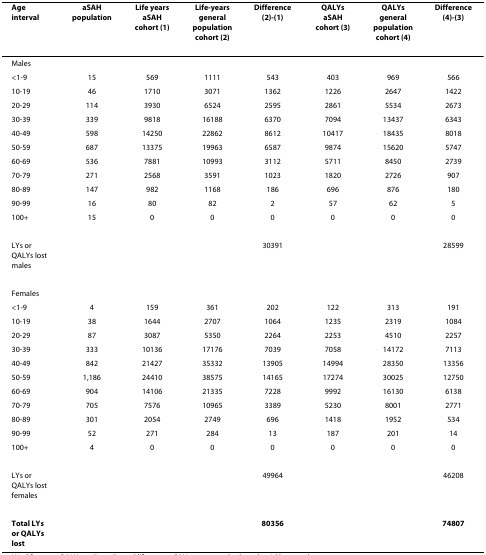
<table><thead><tr><td><b>Age interval</b></td><td><b>aSAH population</b></td><td><b>Life years aSAH cohort (1)</b></td><td><b>Life-years general population cohort (2)</b></td><td><b>Difference (2)-(1)</b></td><td><b>QALYs aSAH cohort (3)</b></td><td><b>QALYs general population cohort (4)</b></td><td><b>Difference (4)-(3)</b></td></tr></thead><tbody><tr><td>Males</td><td></td><td></td><td></td><td></td><td></td><td></td><td></td></tr><tr><td>&lt;1-9</td><td>15</td><td>569</td><td>1111</td><td>543</td><td>403</td><td>969</td><td>566</td></tr><tr><td>10-19</td><td>46</td><td>1710</td><td>3071</td><td>1362</td><td>1226</td><td>2647</td><td>1422</td></tr><tr><td>20-29</td><td>114</td><td>3930</td><td>6524</td><td>2595</td><td>2861</td><td>5534</td><td>2673</td></tr><tr><td>30-39</td><td>339</td><td>9818</td><td>16188</td><td>6370</td><td>7094</td><td>13437</td><td>6343</td></tr><tr><td>40-49</td><td>598</td><td>14250</td><td>22862</td><td>8612</td><td>10417</td><td>18435</td><td>8018</td></tr><tr><td>50-59</td><td>687</td><td>13375</td><td>19963</td><td>6587</td><td>9874</td><td>15620</td><td>5747</td></tr><tr><td>60-69</td><td>536</td><td>7881</td><td>10993</td><td>3112</td><td>5711</td><td>8450</td><td>2739</td></tr><tr><td>70-79</td><td>271</td><td>2568</td><td>3591</td><td>1023</td><td>1820</td><td>2726</td><td>907</td></tr><tr><td>80-89</td><td>147</td><td>982</td><td>1168</td><td>186</td><td>696</td><td>876</td><td>180</td></tr><tr><td>90-99</td><td>16</td><td>80</td><td>82</td><td>2</td><td>57</td><td>62</td><td>5</td></tr><tr><td>100+</td><td>15</td><td>0</td><td>0</td><td>0</td><td>0</td><td>0</td><td>0</td></tr><tr><td>LYs or QALYs lost males</td><td></td><td></td><td></td><td>30391</td><td></td><td></td><td>28599</td></tr><tr><td>Females</td><td></td><td></td><td></td><td></td><td></td><td></td><td></td></tr><tr><td>&lt;1-9</td><td>4</td><td>159</td><td>361</td><td>202</td><td>122</td><td>313</td><td>191</td></tr><tr><td>10-19</td><td>38</td><td>1644</td><td>2707</td><td>1064</td><td>1235</td><td>2319</td><td>1084</td></tr><tr><td>20-29</td><td>87</td><td>3087</td><td>5350</td><td>2264</td><td>2253</td><td>4510</td><td>2257</td></tr><tr><td>30-39</td><td>333</td><td>10136</td><td>17176</td><td>7039</td><td>7058</td><td>14172</td><td>7113</td></tr><tr><td>40-49</td><td>842</td><td>21427</td><td>35332</td><td>13905</td><td>14994</td><td>28350</td><td>13356</td></tr><tr><td>50-59</td><td>1,186</td><td>24410</td><td>38575</td><td>14165</td><td>17274</td><td>30025</td><td>12750</td></tr><tr><td>60-69</td><td>904</td><td>14106</td><td>21335</td><td>7228</td><td>9992</td><td>16130</td><td>6138</td></tr><tr><td>70-79</td><td>705</td><td>7576</td><td>10965</td><td>3389</td><td>5230</td><td>8001</td><td>2771</td></tr><tr><td>80-89</td><td>301</td><td>2054</td><td>2749</td><td>696</td><td>1418</td><td>1952</td><td>534</td></tr><tr><td>90-99</td><td>52</td><td>271</td><td>284</td><td>13</td><td>187</td><td>201</td><td>14</td></tr><tr><td>100+</td><td>4</td><td>0</td><td>0</td><td>0</td><td>0</td><td>0</td><td>0</td></tr><tr><td>LYs or QALYs lost females</td><td></td><td></td><td></td><td>49964</td><td></td><td></td><td>46208</td></tr><tr><td><b>Total LYs or QALYs lost</b></td><td></td><td></td><td></td><td><b>80356</b></td><td></td><td></td><td><b>74807</b></td></tr></tbody></table>